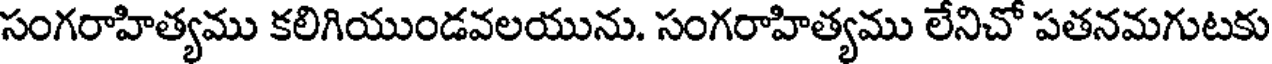
సంగరాహిత్యము కలిగియుండవలయును. సంగరాహిత్యము లేనిచో పతనమగుటకు